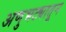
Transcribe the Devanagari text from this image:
अणुभट्यातून